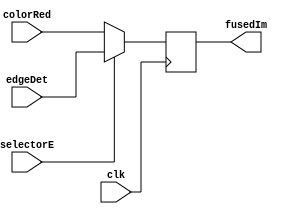
`timescale 1ns / 1ps
//////////////////////////////////////////////////////////////////////////////////
// Company: 
// Engineer: 
// 
// Design Name: 
// Module Name:    imageFuser 
// Project Name: 
// Target Devices: 
// Tool versions: 
// Description: 
//
// Dependencies: 
//
// Revision: 
// Revision 0.01 - File Created
// Additional Comments: 
//
//////////////////////////////////////////////////////////////////////////////////
module imageFuser(
    input [23:0] edgeDet,
    input [23:0] colorRed,
    input selectorE,
	 input clk,
    output reg[23:0] fusedIm
    );
	 
	 //for extensions, multiple conditionals to represent multiple muxes.
	 always @(posedge clk) fusedIm <= selectorE?edgeDet:colorRed;


endmodule